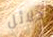
دلائل